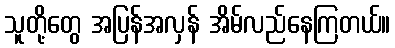
သူတို့တွေ အပြန်အလှန် အိမ်လည်နေကြတယ်။